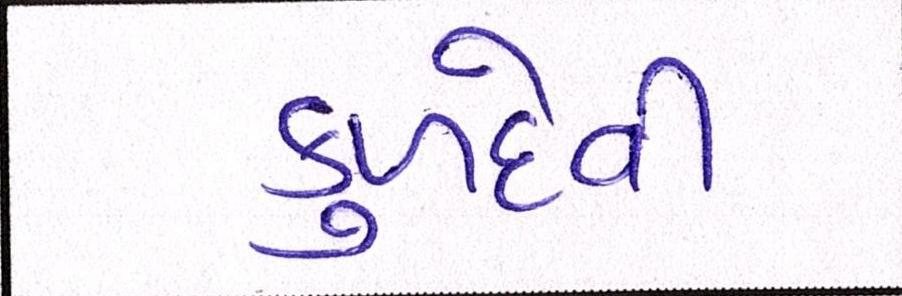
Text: કુળદેવી